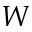
W